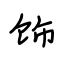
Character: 饰